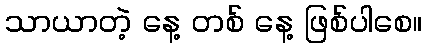
သာယာတဲ့ နေ့ တစ် နေ့ ဖြစ်ပါစေ။